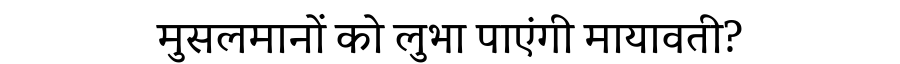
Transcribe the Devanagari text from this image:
मुसलमानों को लुभा पाएंगी मायावती?